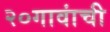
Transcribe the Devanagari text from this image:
२०गावांची